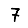
Digit: 7